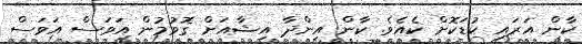
ކާން އަރައި ކުޑަކޮށް ކެއެވެ. ކާން އިންދާ އިޝާއަށް ގޮވުމުން އަވަސް އަވަސް